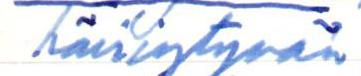
häiriytyvän.